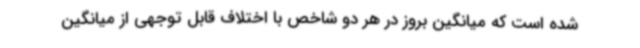
شده است که میانگین بروز در هر دو شاخص با اختلاف قابل توجهی از میانگین